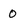
Character: 0